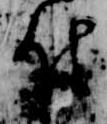
付